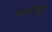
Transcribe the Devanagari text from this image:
रंगसंगतीमुळे